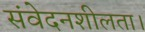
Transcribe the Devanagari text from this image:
संवेदनशीलता।